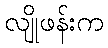
လျိုဖန်းက